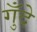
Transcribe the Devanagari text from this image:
गुँदे